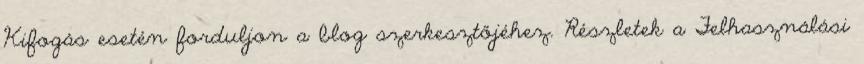
Kifogás esetén forduljon a blog szerkesztőjéhez. Részletek a Felhasználási